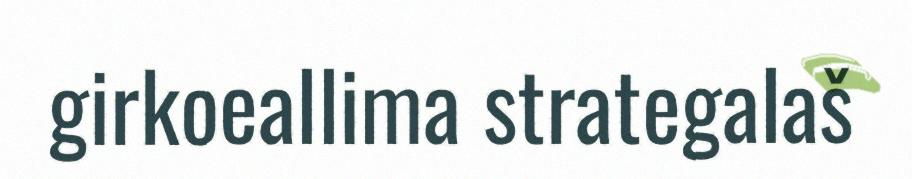
girkoeallima strategalaš